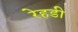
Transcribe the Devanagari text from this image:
रेहडी